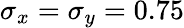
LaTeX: \sigma_{x}=\sigma_{y}=0.75